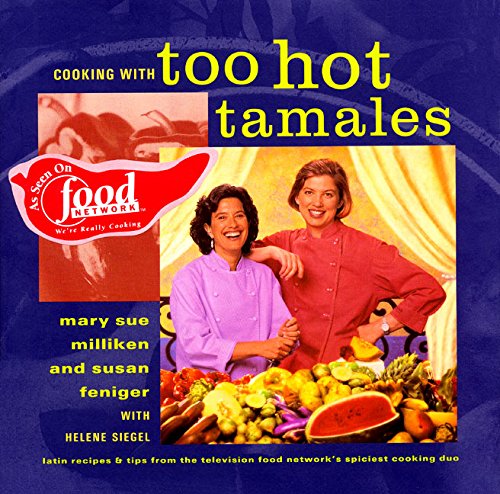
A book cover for Cooking with Too Hot Tamales: Recipes & Tips From TV Food's Spiciest Cooking Duo; Mary S. Milliken; Cookbooks, Food & Wine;